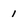
Character: 1